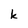
Character: k